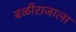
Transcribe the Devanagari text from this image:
बळीराजाला